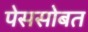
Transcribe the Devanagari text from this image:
पेससोबत